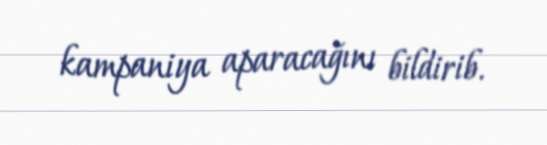
kampaniya aparacağını bildirib.